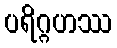
ပရိဂ္ဂဟဿ